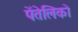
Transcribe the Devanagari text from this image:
पेंतेलिको